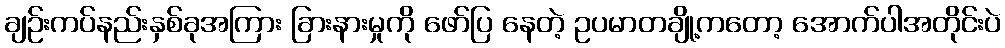
ချဉ်းကပ်နည်းနှစ်ခုအကြား ခြားနားမှုကို ဖော်ပြ နေတဲ့ ဥပမာတချို့ကတော့ အောက်ပါအတိုင်းပဲ